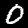
Label: 0